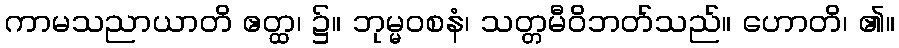
ကာမသညာယာတိ ဧတ္ထ၊ ၌။ ဘုမ္မဝစနံ၊ သတ္တမီဝိဘတ်သည်။ ဟောတိ၊ ၏။